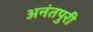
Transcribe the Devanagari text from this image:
अनंतपुरी